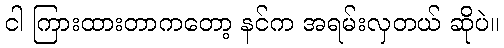
ငါ ကြားထားတာကတော့ နင်က အရမ်းလှတယ် ဆိုပဲ။